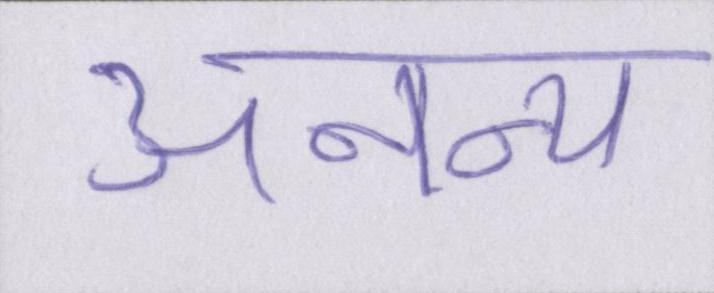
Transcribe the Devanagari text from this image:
अनन्य